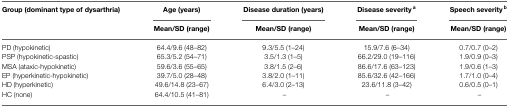
<table><thead><tr><td><b>Group (dominant type of dysarthria)</b></td><td><b>Age (years)</b></td><td><b>Disease duration (years)</b></td><td><b>Disease severity <sup>a</sup></b></td><td><b>Speech severity <sup>b</sup></b></td></tr><tr><td>[EMPTY_CELL]</td><td><b>Mean/SD (range)</b></td><td><b>Mean/SD (range)</b></td><td><b>Mean/SD (range)</b></td><td><b>Mean/SD (range)</b></td></tr></thead><tbody><tr><td>PD (hypokinetic)</td><td>64.4/9.6 (48–82)</td><td>9.3/5.5 (1–24)</td><td>15.9/7.6 (6–34)</td><td>0.7/0.7 (0–2)</td></tr><tr><td>PSP (hypokinetic-spastic)</td><td>65.3/5.2 (54–71)</td><td>3.5/1.3 (1–5)</td><td>66.2/29.0 (19–116)</td><td>1.9/0.9 (0–3)</td></tr><tr><td>MSA (ataxic-hypokinetic)</td><td>59.6/3.6 (55–65)</td><td>3.8/1.5 (2–6)</td><td>86.6/17.6 (63–123)</td><td>1.9/0.6 (1–3)</td></tr><tr><td>EP (hyperkinetic-hypokinetic)</td><td>39.7/5.0 (28–48)</td><td>3.8/2.0 (1–11)</td><td>85.6/32.6 (42–166)</td><td>1.7/1.0 (0–4)</td></tr><tr><td>HD (hyperkinetic)</td><td>49.6/14.8 (23–67)</td><td>6.4/3.0 (2–13)</td><td>23.6/11.8 (3–42)</td><td>0.6/0.5 (0–1)</td></tr><tr><td>HC (none)</td><td>64.4/10.5 (41–81)</td><td>–</td><td>–</td><td>–</td></tr></tbody></table>